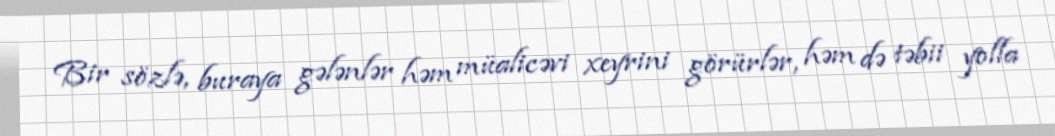
Bir sözlə, buraya gələnlər həm müalicəvi xeyrini görürlər, həm də təbii yolla